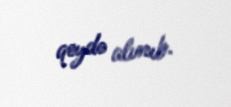
qeydə alınıb.